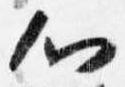
心